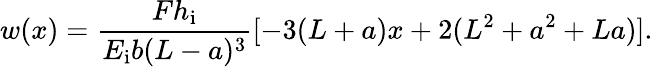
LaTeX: w(x)=\frac{Fh_{\mathrm{i}}}{E_{\mathrm{i}}b(L-a)^{3}}[-3(L+a)x+2(L^{2}+a^{2}+La)].